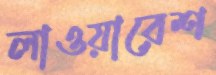
লাওয়ারেশ